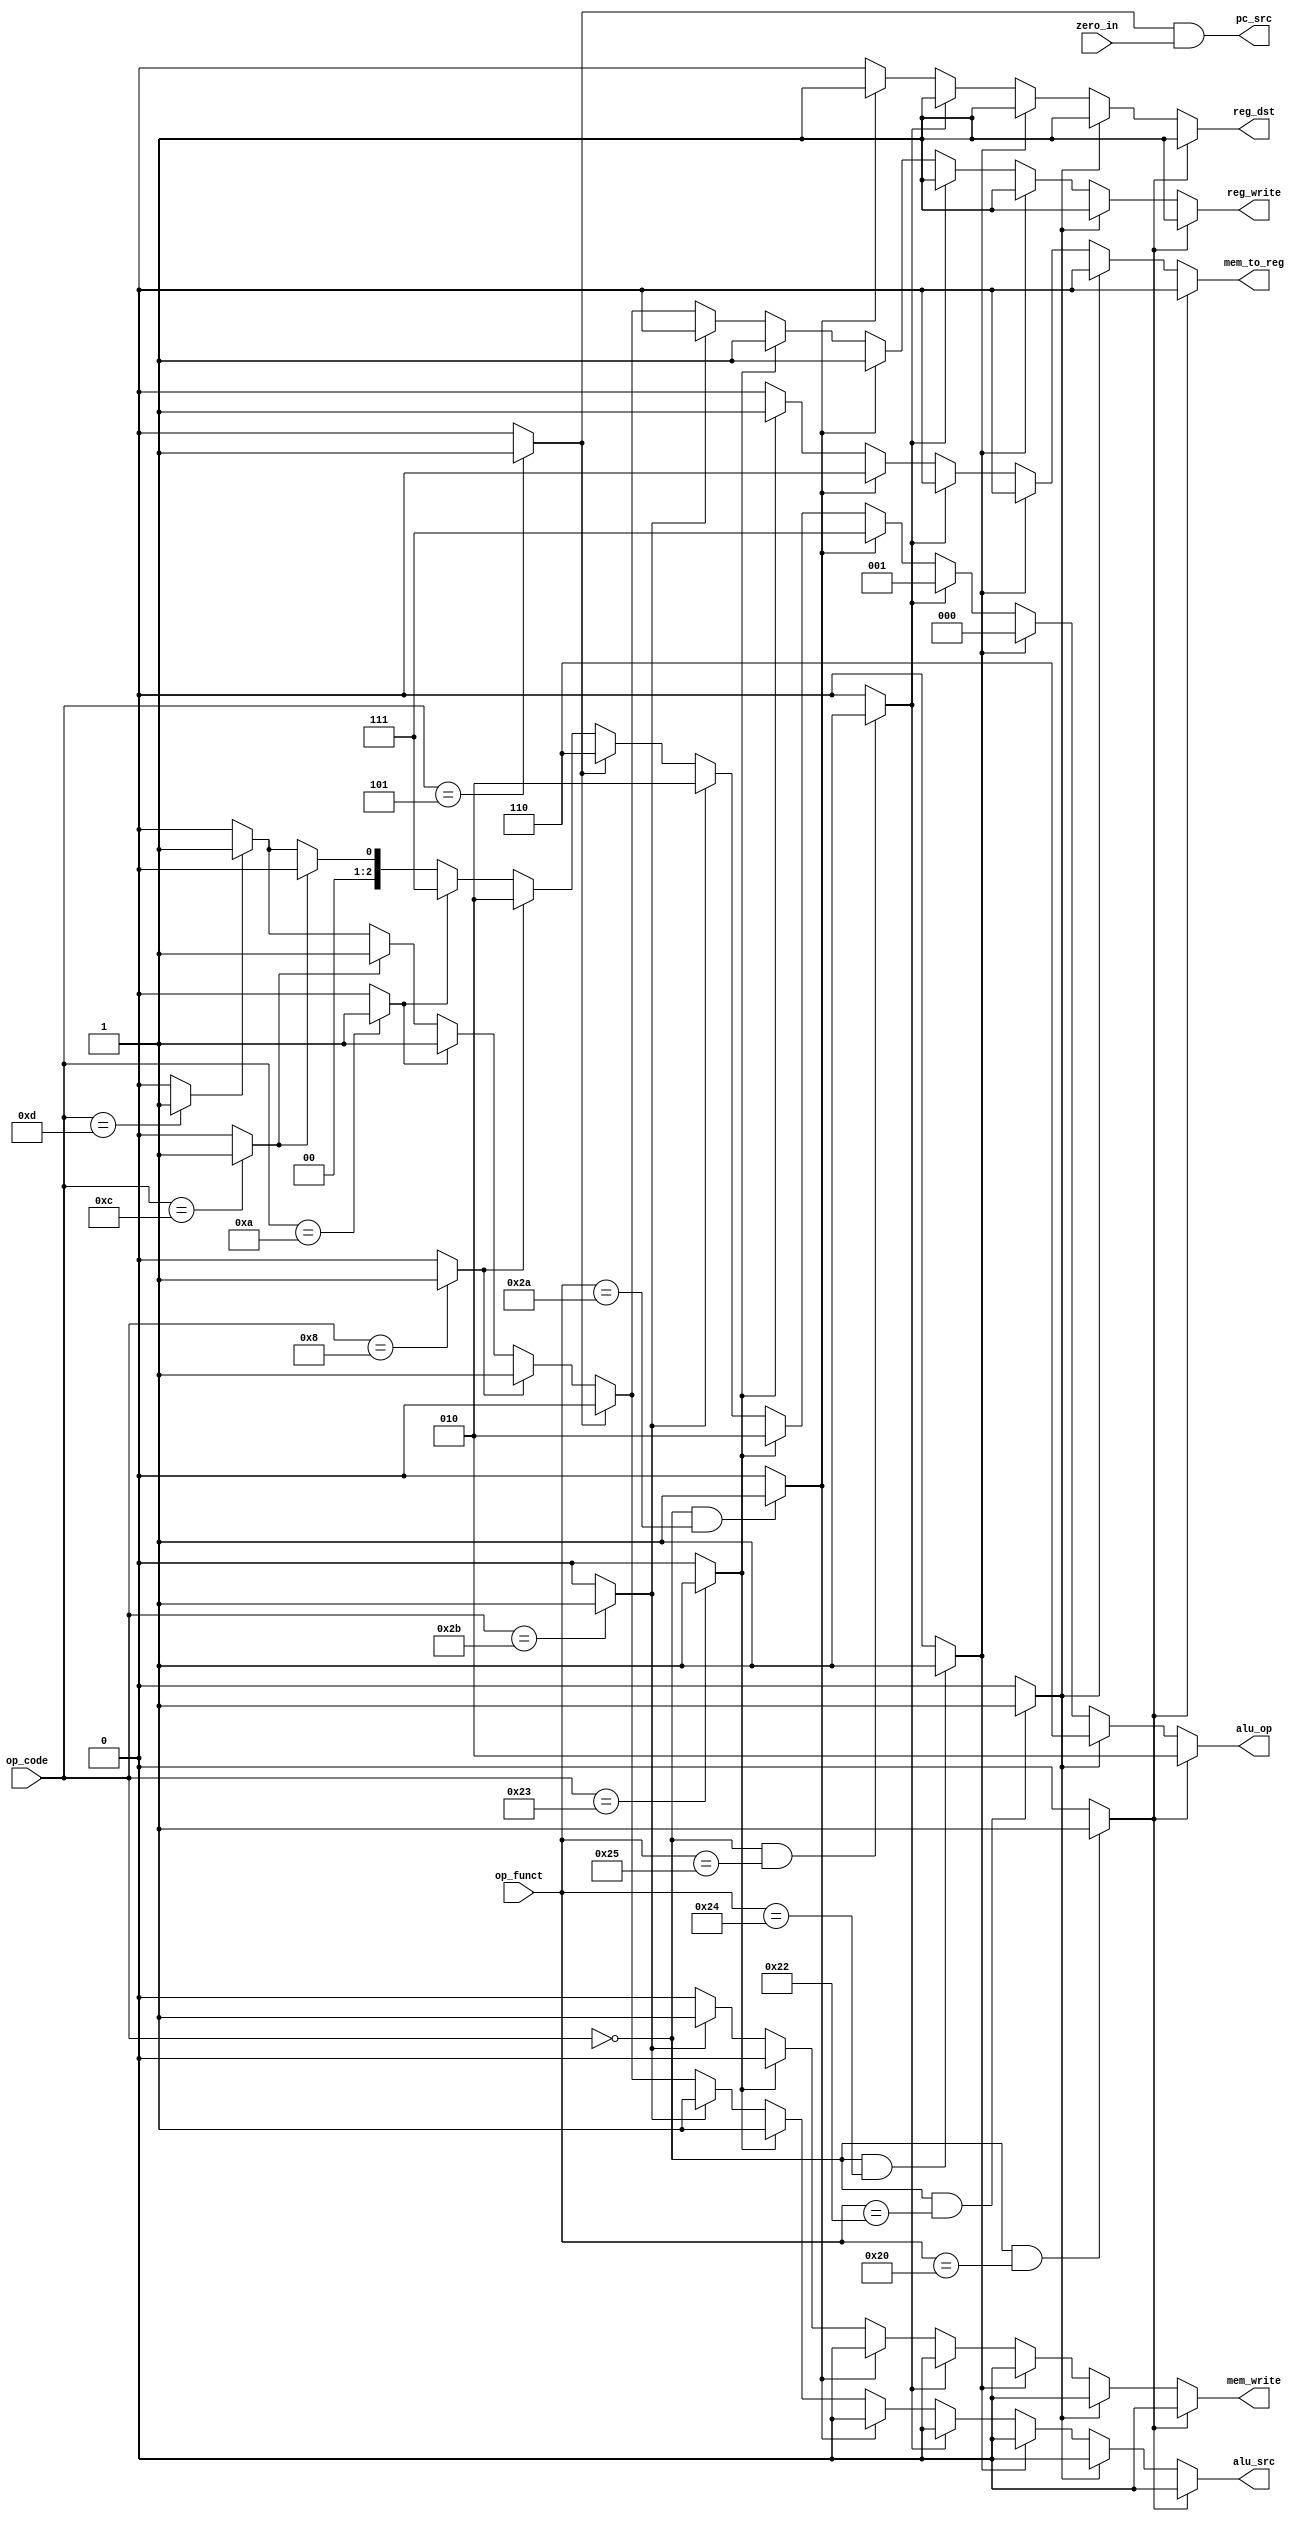
module cu(input wire [5:0] op_code, input wire [5:0] op_funct, input zero_in,
          output reg reg_dst, reg_write, alu_src, mem_write, mem_to_reg, output wire pc_src, output reg [2:0] alu_op);

wire add_wire, sub_wire, and_wire, or_wire, slt_wire, lw_wire, sw_wire, bne_wire, add_imm_wire, slt_imm_wire, and_imm_wire, or_imm_wire;

assign add_wire = ((op_code == 6'b000000) && (op_funct==6'b100000)) ? 1'b1 : 1'b0;
assign sub_wire = ((op_code == 6'b000000) && (op_funct==6'b100010)) ? 1'b1 : 1'b0;
assign and_wire = ((op_code == 6'b000000) && (op_funct==6'b100100)) ? 1'b1 : 1'b0;
assign or_wire = ((op_code == 6'b000000) && (op_funct==6'b100101)) ? 1'b1 : 1'b0;
assign slt_wire = ((op_code == 6'b000000) && (op_funct==6'b101010)) ? 1'b1 : 1'b0;
assign lw_wire = (op_code == 6'b100011) ? 1'b1 : 1'b0;
assign sw_wire = (op_code == 6'b101011) ? 1'b1 : 1'b0;
assign bne_wire = (op_code == 6'b000101) ? 1'b1 : 1'b0;
assign add_imm_wire = (op_code == 6'b001000) ? 1'b1 : 1'b0;
assign slt_imm_wire = (op_code == 6'b001010) ? 1'b1 : 1'b0;
assign and_imm_wire = (op_code == 6'b001100) ? 1'b1 : 1'b0;
assign or_imm_wire = (op_code == 6'b001101) ? 1'b1 : 1'b0;
assign pc_src = bne_wire & zero_in;

always@(*)
begin
    if(add_wire)
        begin
            reg_dst = 1'b1;
            reg_write = 1'b1;
            alu_src = 1'b0;
            alu_op = 3'b010;
            mem_write = 1'b0;
            mem_to_reg = 1'b0;
        end
    else if(sub_wire)
        begin
            reg_dst = 1'b1;
            reg_write = 1'b1;
            alu_src = 1'b0;
            alu_op = 3'b110;
            mem_write = 1'b0;
            mem_to_reg = 1'b0;
        end
    else if(and_wire)
        begin
            reg_dst = 1'b1;
            reg_write = 1'b1;
            alu_src = 1'b0;
            alu_op = 3'b000;
            mem_write = 1'b0;
            mem_to_reg = 1'b0;
        end
    else if(or_wire)
        begin
            reg_dst = 1'b1;
            reg_write = 1'b1;
            alu_src = 1'b0;
            alu_op = 3'b001;
            mem_write = 1'b0;
            mem_to_reg = 1'b0;
        end
    else if(slt_wire)
        begin
            reg_dst = 1'b1;
            reg_write = 1'b1;
            alu_src = 1'b0;
            alu_op = 3'b111;
            mem_write = 1'b0;
            mem_to_reg = 1'b0;
        end
    else if(lw_wire)
        begin
            reg_dst = 1'b0;
            reg_write = 1'b1;
            alu_src = 1'b1;
            alu_op = 3'b010;
            mem_write = 1'b0;
            mem_to_reg = 1'b1;
        end
    else if(sw_wire)
        begin
            reg_dst = 1'b0;
            reg_write = 1'b0;
            alu_src = 1'b1;
            alu_op = 3'b010;
            mem_write = 1'b1;
            mem_to_reg = 1'b0;
        end
    else if(bne_wire)
        begin
            reg_dst = 1'b0;
            reg_write = 1'b0;
            alu_src = 1'b0;
            alu_op = 3'b110;
            mem_write = 1'b0;
            mem_to_reg = 1'b0;
        end
    else if(add_imm_wire)
        begin
            reg_dst = 1'b0;
            reg_write = 1'b1;
            alu_src = 1'b1;
            alu_op = 3'b010;
            mem_write = 1'b0;
            mem_to_reg = 1'b0;     
        end
    else if(slt_imm_wire)
        begin
            reg_dst = 1'b0;
            reg_write = 1'b1;
            alu_src = 1'b1;
            alu_op = 3'b111;
            mem_write = 1'b0;
            mem_to_reg = 1'b0;     
        end
    else if(and_imm_wire)
        begin
            reg_dst = 1'b0;
            reg_write = 1'b1;
            alu_src = 1'b1;
            alu_op = 3'b000;
            mem_write = 1'b0;
            mem_to_reg = 1'b0;     
        end
    else if(or_imm_wire)
        begin
            reg_dst = 1'b0;
            reg_write = 1'b1;
            alu_src = 1'b1;
            alu_op = 3'b001;
            mem_write = 1'b0;
            mem_to_reg = 1'b0;     
        end
    else
        begin
            reg_dst = 1'b0;
            reg_write = 1'b0;
            alu_src = 1'b0;
            alu_op = 3'b000;
            mem_write = 1'b0;
            mem_to_reg = 1'b0;
        end
end

endmodule